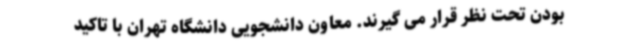
بودن تحت نظر قرار می گیرند. معاون دانشجویی دانشگاه تهران با تاکید